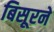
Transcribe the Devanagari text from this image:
बिसूरने